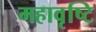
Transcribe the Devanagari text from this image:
महावृष्टि